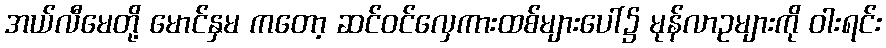
အယ်လီမေတို့ မောင်နှမ ကတော့ ဆင်ဝင်လှေကားထစ်များပေါ်၌ မုန်လာဥများကို ဝါးရင်း